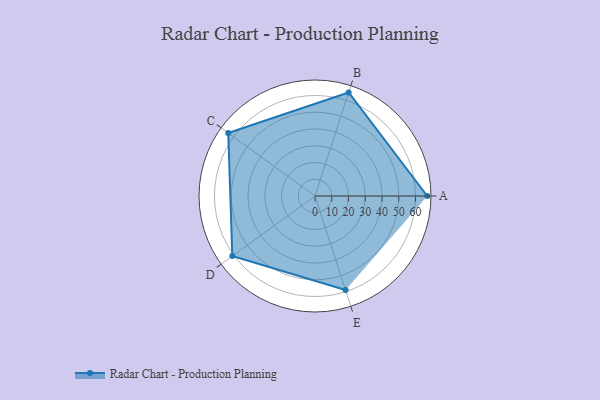
{"axis": {"x": "Skill", "y": "Score"}, "legend": ["Profile"], "data": [{"x": "A", "y": 67.0, "type": "Profile"}, {"x": "B", "y": 65.0, "type": "Profile"}, {"x": "C", "y": 64.0, "type": "Profile"}, {"x": "D", "y": 61.0, "type": "Profile"}, {"x": "E", "y": 59.0, "type": "Profile"}]}